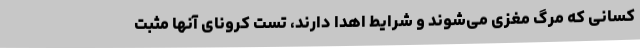
کسانی که مرگ مغزی می‌شوند و شرایط اهدا دارند، تست کرونای آنها مثبت